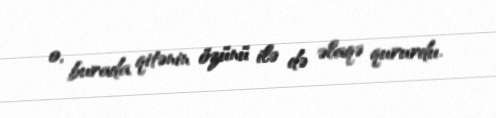
o, burada qitənin özünü ilə də əlaqə qururdu.